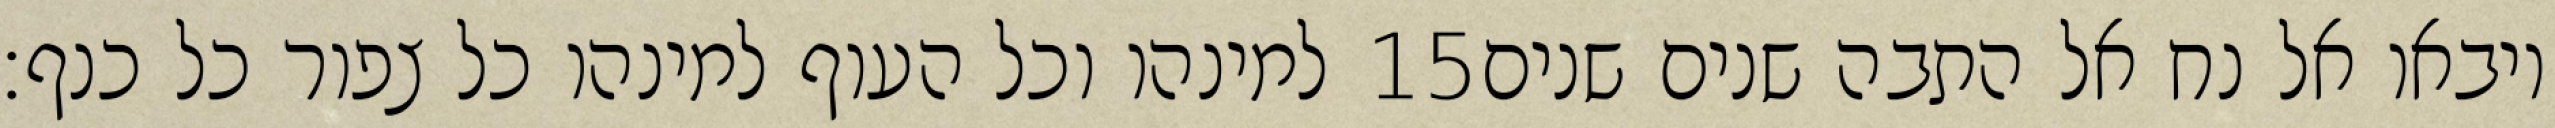
למינהו וכל העוף למינהו כל צפור כל כנף׃ ‎15‏ ויבאו אל נח אל התבה שנים שנים